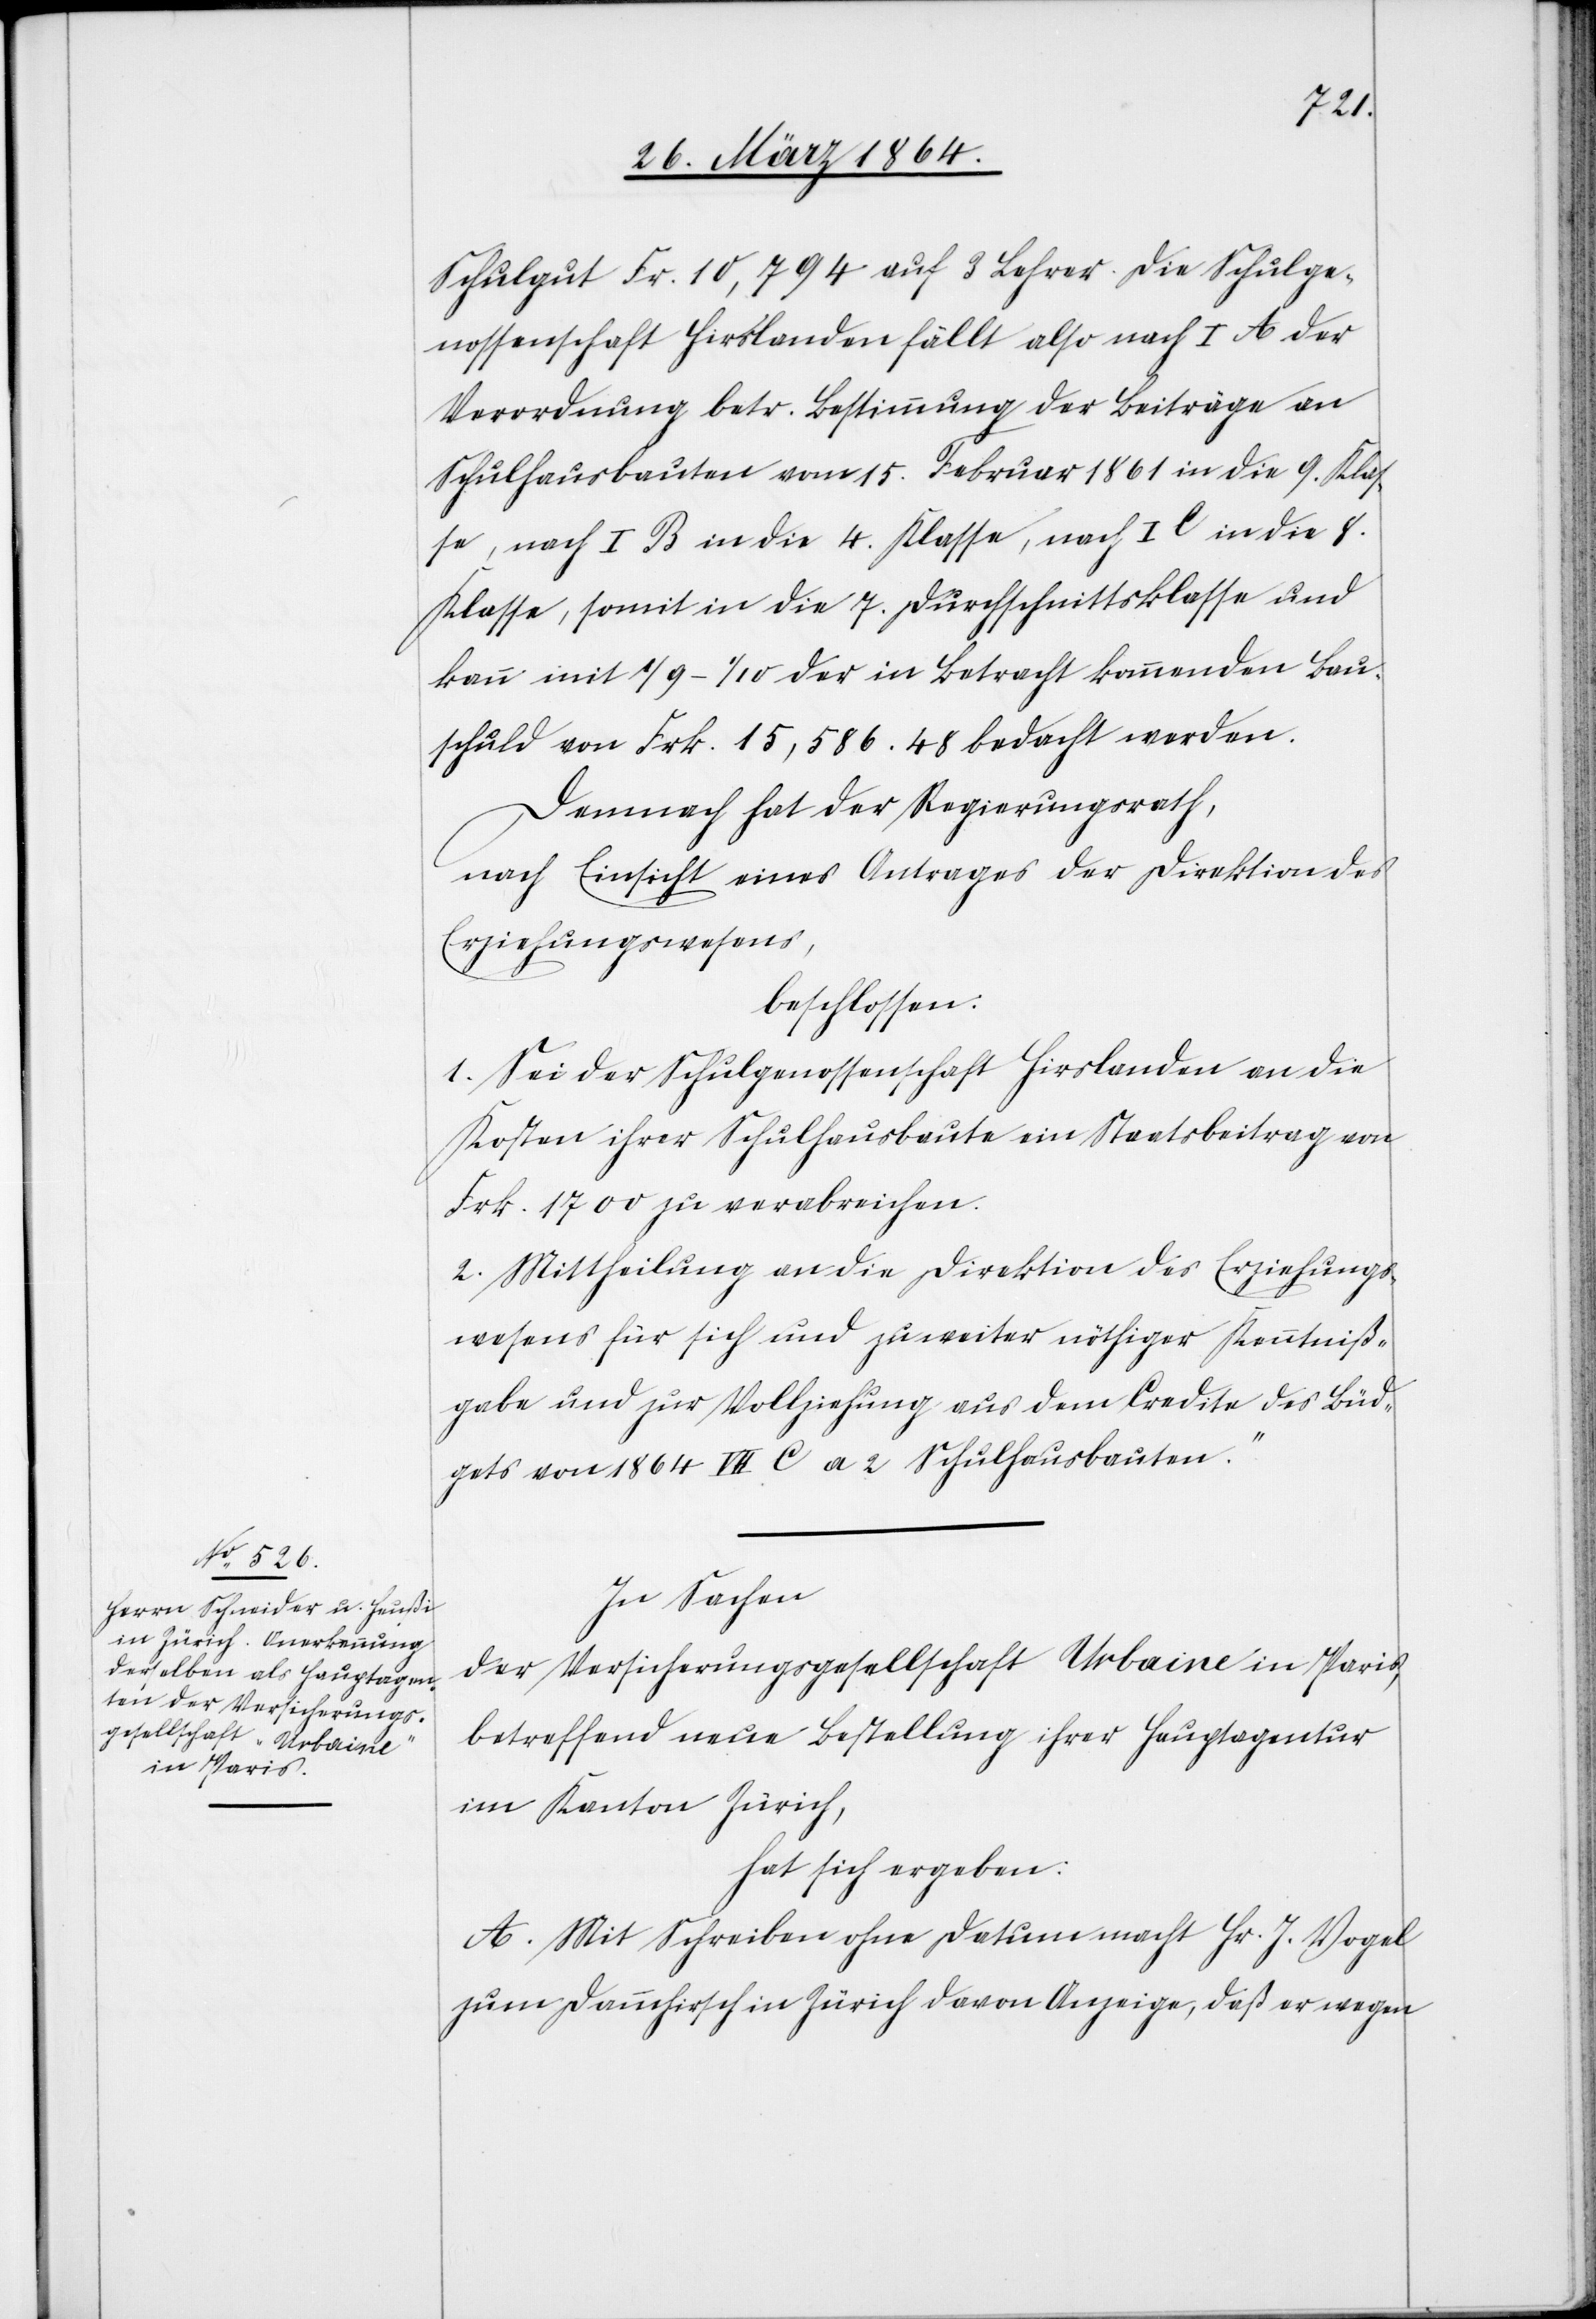
Schulgut Fr. 10,794 auf 3 Lehrer. Die Schulge¬
nossenschaft Hirslanden fällt also nach I A der
Verordnung betr. Bestimmung der Beiträge an
Schulhausbauten vom 15. Februar 1861 in die 9. Klas¬
se, nach I B in die 4. Klasse, nach I C in die 8.
Klasse, somit in die 7. Durchschnittsklasse und
kann mit 1/9-1/10 der in Betracht kommenden Bau¬
schuld von Frk. 15,586.48 bedacht werden.
Demnach hat der Regierungsrath,
nach Einsicht eines Antrages der Direktion des
Erziehungswesens,
beschlossen:
1. Sei der Schulgenossenschaft Hirslanden an die
Kosten ihrer Schulhausbaute ein Staatsbeitrag von
Frk. 1700 zu verabreichen.
2. Mittheilung an die Direktion des Erziehungs¬
wesens für sich und zu weiter nöthiger Kenntniß¬
gabe und zur Vollziehung aus dem Credite des Büd¬
gets von 1864 VII C a 2 „Schulhausbauten.“
In Sachen
der Versicherungsgesellschaft Urbaine in Paris,
betreffend neue Bestellung ihrer Hauptagentur
im Kanton Zürich,
hat sich ergeben:
A. Mit Schreiben ohne Datum macht Hr. J. Vogel
zum Dammhirsch in Zürich davon Anzeige, daß er wegen